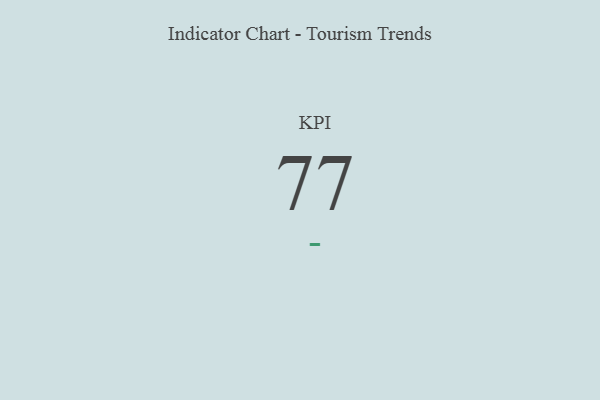
{"axis": {"x": "KPI", "y": "Value"}, "legend": [""], "data": [{"x": "KPI", "y": 77, "type": ""}]}